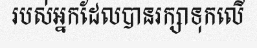
របស់អ្នកដែលបានរក្សាទុកលើ